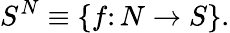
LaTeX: S^{N}\equiv\{ f\colon N\to S\} .